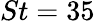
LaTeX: St=35